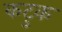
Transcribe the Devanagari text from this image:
कटुक